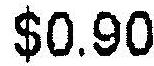
$0.90